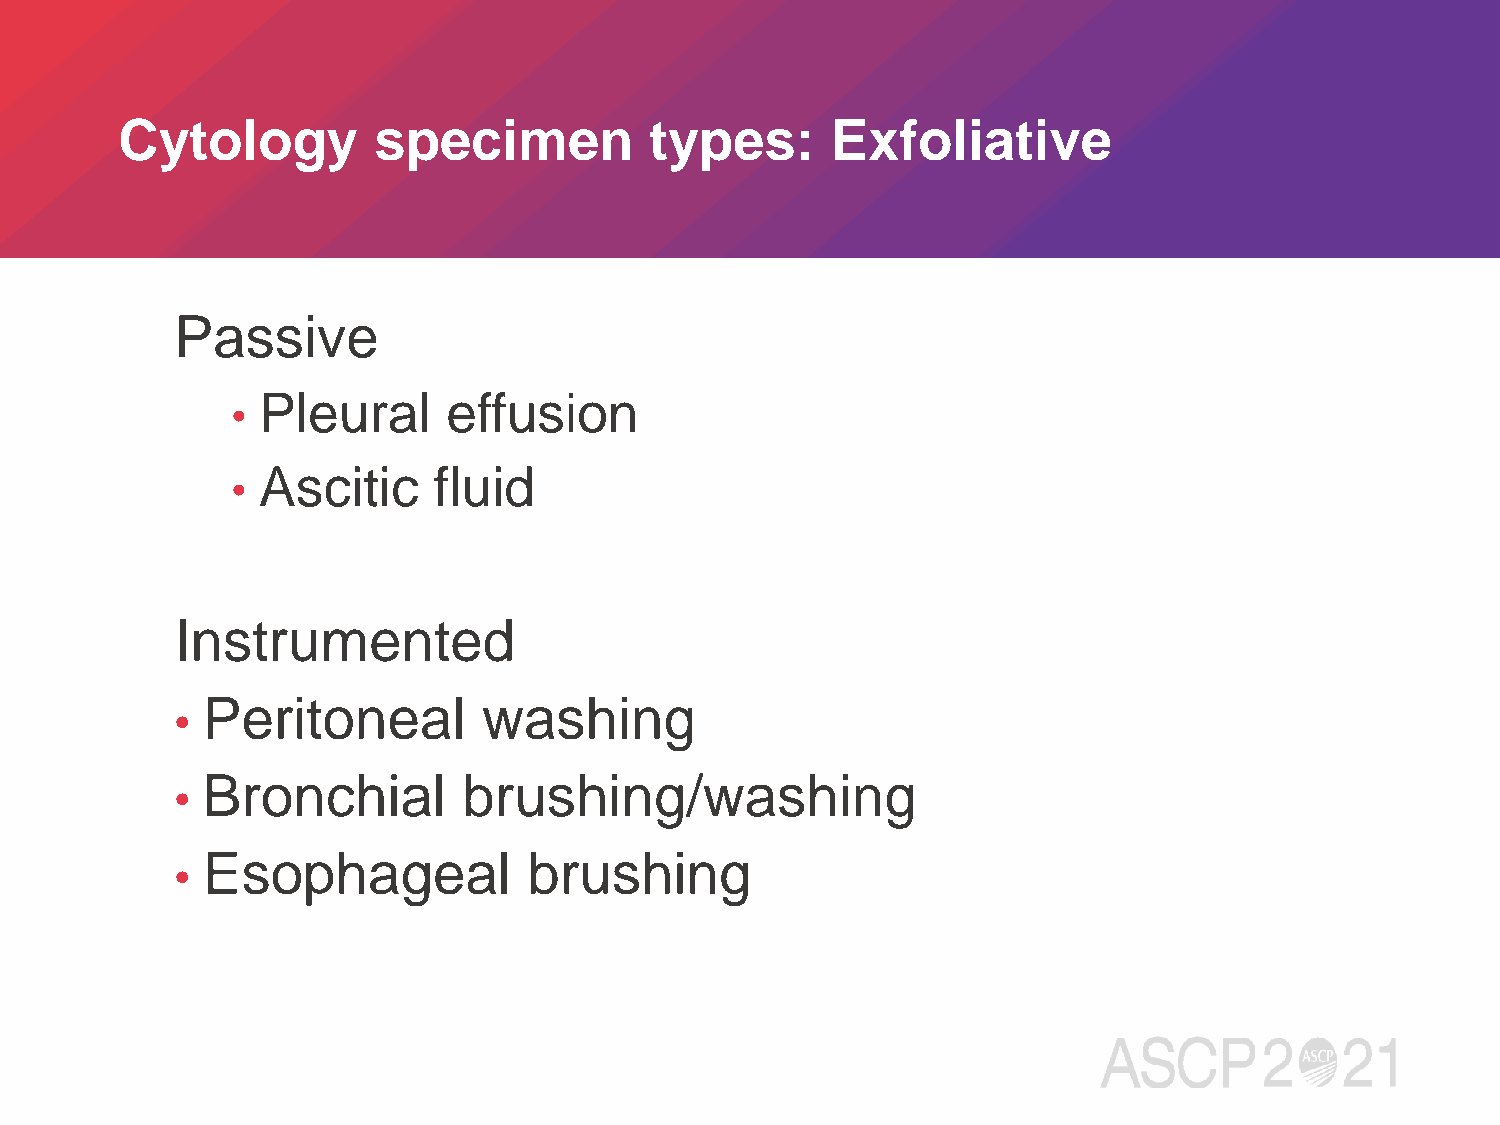
Cytology         specimen          types:      Exfoliative
 Passive
 Pleural      effusion
 •
 Ascitic     fluid
 •
 Instrumented
 Peritoneal         washing
 •
 Bronchial         brushing/washing
 •
 Esophageal            brushing
 •